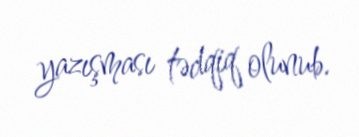
yazışması tədqiq olunub.